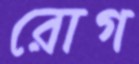
রোগ